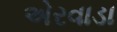
એરવાડા